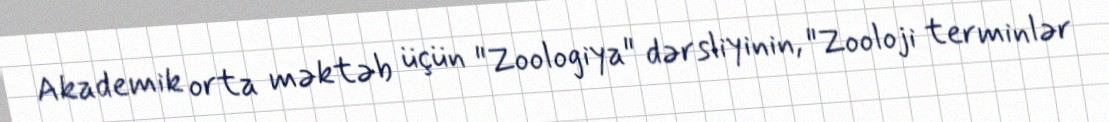
Akademik orta məktəb üçün "Zoologiya" dərsliyinin, "Zooloji terminlər